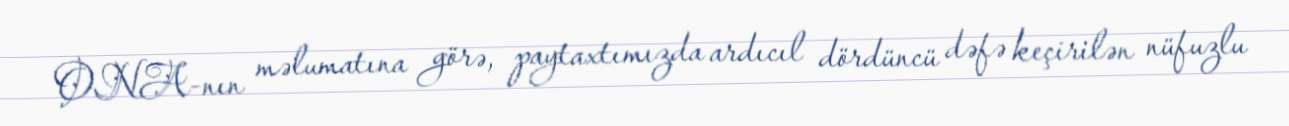
ONA-nın məlumatına görə, paytaxtımızda ardıcıl dördüncü dəfə keçirilən nüfuzlu